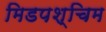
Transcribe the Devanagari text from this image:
मिडपश्चिम